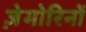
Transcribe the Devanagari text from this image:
ज़ेमोरिनों